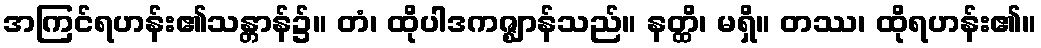
အကြင်ရဟန်း၏သန္တာန်၌။ တံ၊ ထိုပါဒကဇ္ဈာန်သည်။ နတ္ထိ၊ မရှိ။ တဿ၊ ထိုရဟန်း၏။